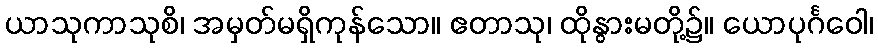
ယာသုကာသုစိ၊ အမှတ်မရှိကုန်သော။ ဧတာသု၊ ထိုနွားမတို့၌။ ယောပုင်္ဂဝေါ၊